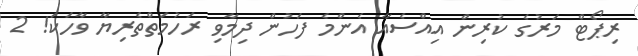
ރިޕޯޓް މަރުގެ ކުރިން އިއްސެއާ އެންމެ ފަހުން ދިމާވި ރަހުމަތްތެރިޔާ ވާހަކަ! 2